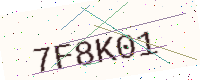
Text: 7F8K01